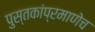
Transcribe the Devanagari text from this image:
पुस्तकांप्रमाणेच